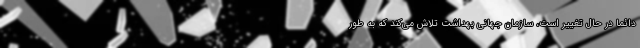
دائما در حال تغییر است، سازمان جهانی بهداشت تلاش می‌کند که به طور